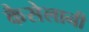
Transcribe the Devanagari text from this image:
कैसेलानी